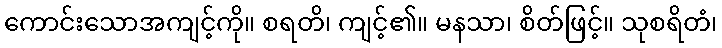
ကောင်းသောအကျင့်ကို။ စရတိ၊ ကျင့်၏။ မနသာ၊ စိတ်ဖြင့်။ သုစရိတံ၊